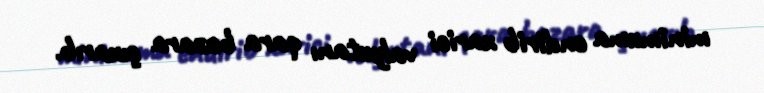
minimuma endirib xarici valyutanı qara bazara çıxarıb.